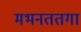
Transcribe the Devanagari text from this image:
मभनततगा